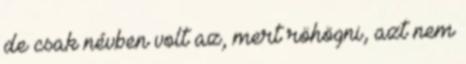
de csak névben volt az, mert röhögni, azt nem